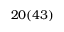
2 0 ( 4 3 )